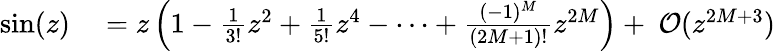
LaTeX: \begin{array}{rl}{\sin(z)}&{{}=z\left(1-\frac{1}{3!}z^{2}+\frac{1}{5!}z^{4}-\cdots+\frac{(-1)^{M}}{(2M+1)!}z^{2M}\right)+~{\cal O}(z^{2M+3})}\end{array}